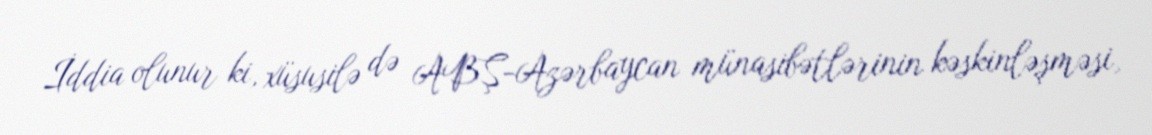
İddia olunur ki, xüsusilə də ABŞ-Azərbaycan münasibətlərinin kəskinləşməsi,